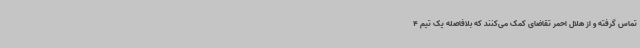
تماس گرفته و از هلال احمر تقاضای کمک می‌کنند که بلافاصله یک تیم 4